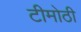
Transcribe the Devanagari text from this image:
टीमोठी